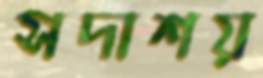
সদাশয়